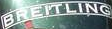
BRELTLING